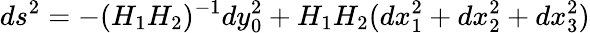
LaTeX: ds^{2}=-(H_{1}H_{2})^{-1}dy_{0}^{2}+H_{1}H_{2}(dx_{1}^{2}+dx_{2}^{2}+dx_{3}^{2})